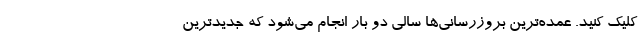
کلیک کنید. عمده‌ترین بروزرسانی‌ها سالی دو بار انجام می‌شود که جدیدترین